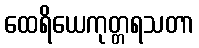
ထေရိယေကုတ္တရသတာ